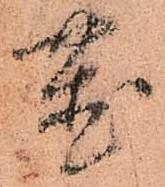
置